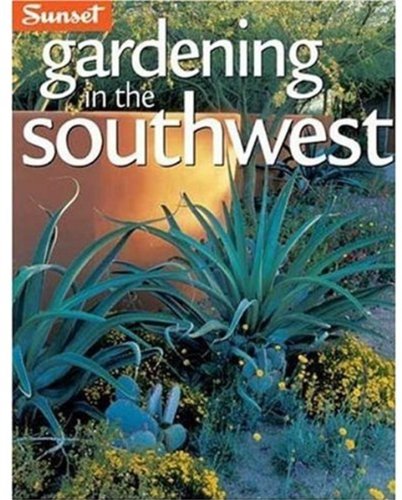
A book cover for Gardening in the Southwest: A Wealth of Great Ideas for Your Garden; Editors of Sunset Books; Crafts, Hobbies & Home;